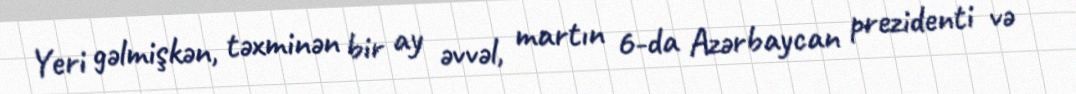
Yeri gəlmişkən, təxminən bir ay əvvəl, martın 6-da Azərbaycan prezidenti və